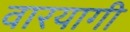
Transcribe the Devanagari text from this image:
वारयागी